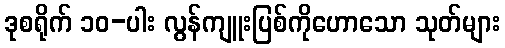
ဒုစရိုက် ၁၀-ပါး လွန်ကျူးပြစ်ကိုဟောသော သုတ်များ